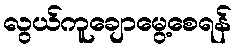
လွယ်ကူချောမွေ့စေရန်